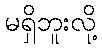
မရှိဘူးလို့